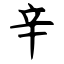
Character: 辛